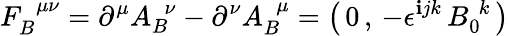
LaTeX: F_{B}^{\; \, \mu\nu}=\partial^{\mu}A_{B}^{\; \, \nu}-\partial^{\nu}A_{B}^{\; \, \mu}=\left(\, 0\, ,\, -\epsilon^{\mathbf{i}jk}\, B_{0}^{\, \, k}\, \right)